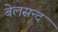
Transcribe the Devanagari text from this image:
बेलसन्द